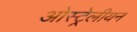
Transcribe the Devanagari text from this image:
ओस्ट्रेलीयन